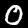
Label: 0